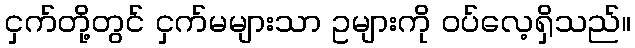
ငှက်တို့တွင် ငှက်မများသာ ဥများကို ဝပ်လေ့ရှိသည်။